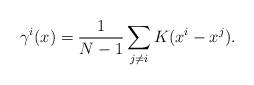
LaTeX: \begin{align*}\gamma^i(x) = \frac1{N-1}\sum_{j\neq i}K(x^i - x^j).\end{align*}